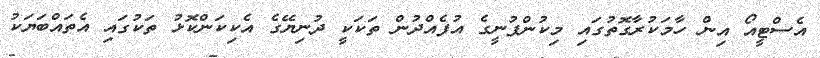
އެސްޓީއޯ އިން ހާމަކުރާގޮތުގައި މިކުންފުނީގެ އުފެއްދުން ތަކަކީ ދުނިޔޭގެ އެކިކަންކޮޅު ތަކުގައި އެތައްބަޔަކު